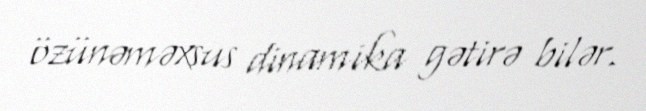
özünəməxsus dinamika gətirə bilər.